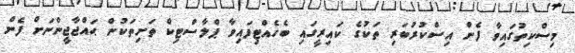
މިސްކިތުގައިވާ ފެން އިސްކުރުބަރި ތަކުގެ ކައިރީގައި ބެހެއްޓިފައިވާ ޕްލާސްޓިކް ތަށިތަކުން ޙައްޖާޖީންނަށް ފެން